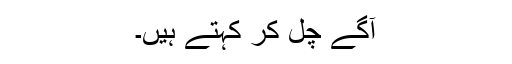
آگے چل کر کہتے ہیں۔